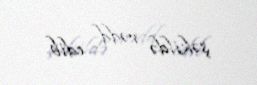
şəkildə rədd edib.